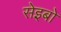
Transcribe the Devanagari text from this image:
सेइबो